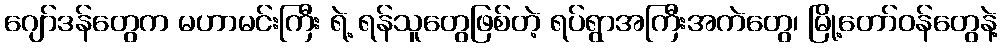
ဂျော်ဒန်တွေက မဟာမင်းကြီး ရဲ့ ရန်သူတွေဖြစ်တဲ့ ရပ်ရွာအကြီးအကဲတွေ၊ မြို့တော်ဝန်တွေနဲ့